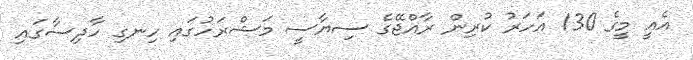
އެއީ މީގެ 130 އަހަރު ކުރިން ރާއްޖޭގެ ސިޔާސީ މަޝްރަހުގައި ހިނގި ހާދިސާގައި